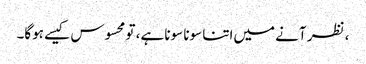
، نظر آنے میں‌اتنا سونا سونا ہے، تو محسوس کیسے ہوگا۔